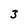
Character: 3